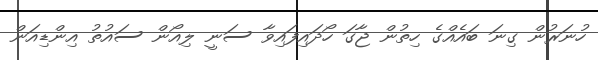
ހުނަރުން ގިނަ ބައެއްގެ ހިތުން ޖާގަ ހޯދައިފައިވާ ސަނީ ލިއޯން ސައުތު އިންޑިއަން